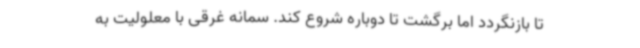
تا بازنگردد اما برگشت تا دوباره شروع کند. سمانه غرقی با معلولیت به